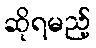
ဆိုရမည့်